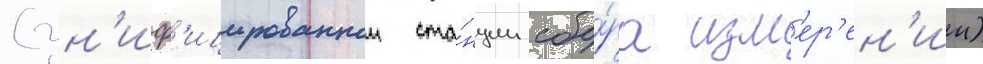
(ун'иф'ицированнои ста́нции сбо́ра изм'ер'ен'ии)